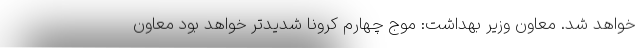
خواهد شد. معاون وزیر بهداشت: موج چهارم کرونا شدیدتر خواهد بود معاون